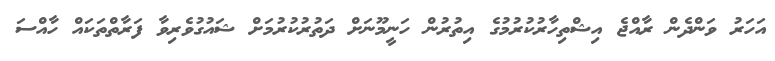
އަހަރު ވަންދެން ރާއްޖެ އިޝްތިހާރުކުރުމުގެ އިތުރުން ހަނީމޫނަށް ދަތުރުކުރުމަށް ޝައުގުވެރިވާ ފަރާތްތަކައް ހާއްސަ